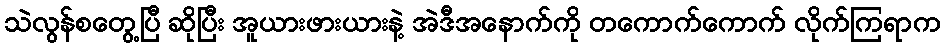
သဲလွန်စတွေ့ပြီ ဆိုပြီး အူယားဖားယားနဲ့ အဲဒီအနောက်ကို တကောက်ကောက် လိုက်ကြရာက